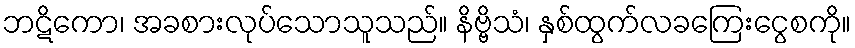
ဘဋိကော၊ အခစားလုပ်သောသူသည်။ နိဗ္ဗိသံ၊ နှစ်ထွက်လခကြေးငွေစကို။